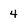
Character: 4